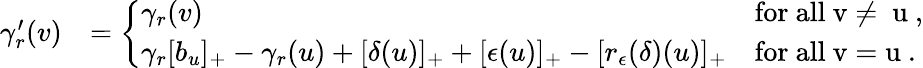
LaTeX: \begin{array}{rl}{\gamma_{r}^{\prime}(v)}&{=\left\{ \begin{array}{ll}{\gamma_{r}(v)}&{\mathrm{for~all~v\neq~u~},}\\ {\gamma_{r}[b_{u}]_{+}-\gamma_{r}(u)+[\delta(u)]_{+}+[{\epsilon}(u)]_{+}-[r_{\epsilon}(\delta)(u)]_{+}}&{\mathrm{for~all~v=u~}.}\end{array}\right.}\end{array}